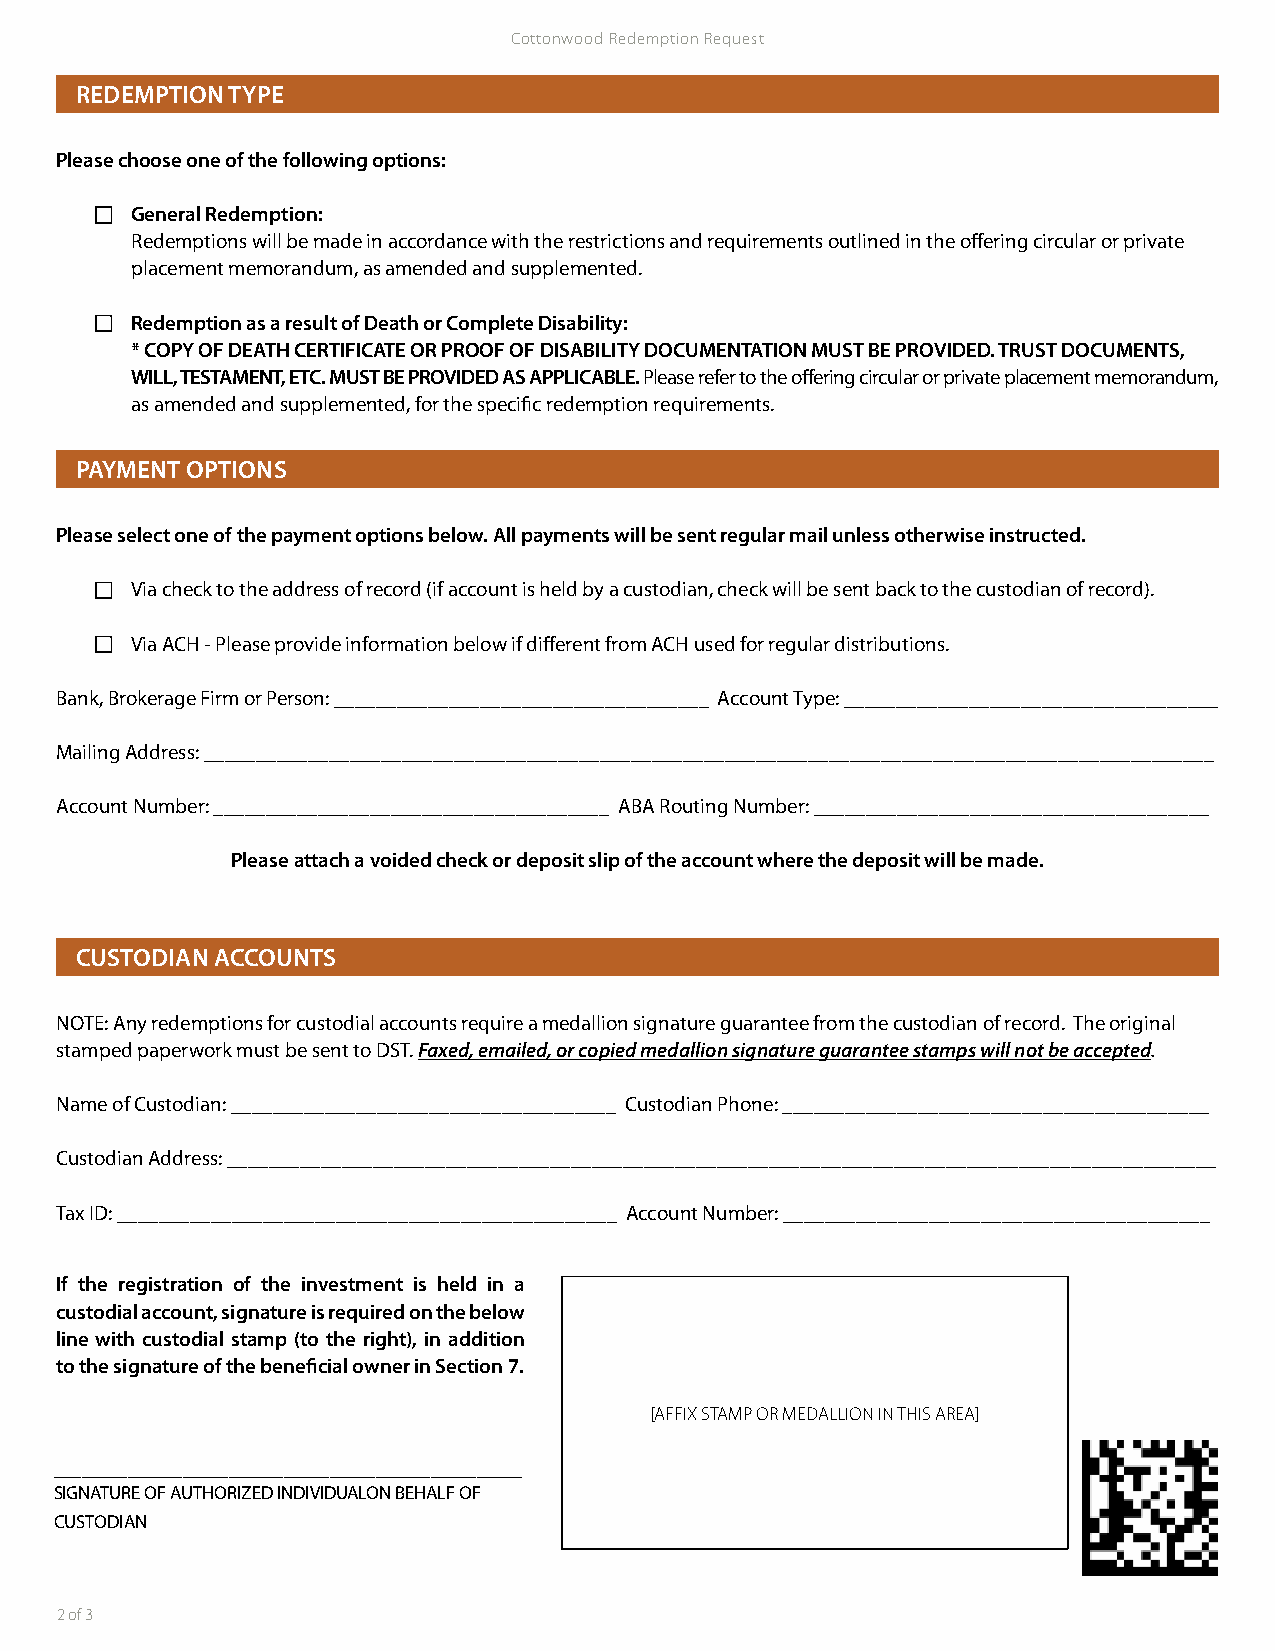
Cottonwood Redemption Request
 REDEMPTION TYPE
 Please choose one of the following options:
 General Redemption:
 Redemptions will be made in accordance with the restrictions and requirements outlined in the offering circular or private
 placement memorandum, as amended and supplemented.
 Redemption as a result of Death or Complete Disability:
 * COPY OF DEATH CERTIFICATE OR PROOF OF DISABILITY DOCUMENTATION MUST BE PROVIDED. TRUST DOCUMENTS,
 WILL, TESTAMENT, ETC. MUST BE PROVIDED AS APPLICABLE. Please refer to the offering circular or private placement memorandum,
 as amended and supplemented, for the specific redemption requirements.
 PAYMENT OPTIONS
 Please select one of the payment options below. All payments will be sent regular mail unless otherwise instructed.
 Via check to the address of record (if account is held by a custodian, check will be sent back to the custodian of record).
 Via ACH - Please provide information below if different from ACH used for regular distributions.
 Bank, Brokerage Firm or Person: ____________________________________ Account Type: ____________________________________
 Mailing Address: _________________________________________________________________________________________________
 Account Number: ______________________________________ ABA Routing Number: ______________________________________
 Please attach a voided check or deposit slip of the account where the deposit will be made.
 CUSTODIAN ACCOUNTS
 NOTE: Any redemptions for custodial accounts require a medallion signature guarantee from the custodian of record. The original
 stamped paperwork must be sent to DST. Faxed, emailed, or copied medallion signature guarantee stamps will not be accepted.
 Name of Custodian: _____________________________________ Custodian Phone: _________________________________________
 Custodian Address: _______________________________________________________________________________________________
 Tax ID: ________________________________________________ Account Number: _________________________________________
 If the registration of the investment is held in a
 custodial account, signature is required on the below
 line with custodial stamp (to the right), in addition
 to the signature of the beneficial owner in Section 7.
 [AFFIX STAMP OR MEDALLION IN THIS AREA]
 ___________________________________________________
 SIGNATURE OF AUTHORIZED INDIVIDUALON BEHALF OF
 CUSTODIAN
 2 of 3